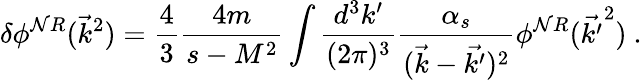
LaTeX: \delta\phi^{\mathcal{N}R}(\vec{{k}}^{2})=\frac{{4}}{{3}}\frac{{4m}}{{s-M^{2}}}\int\frac{{d^{3}k^{\prime}}}{{(2\pi)^{3}}}\frac{{\alpha_{s}}}{{(\vec{{k}}-\vec{{k^{\prime}}})^{2}}}\phi^{\mathcal{N}R}(\vec{{k^{\prime}}}^{2})\mathrm{{~.}}